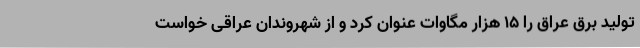
تولید برق عراق را ۱۵ هزار مگاوات عنوان کرد و از شهروندان عراقی خواست